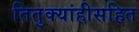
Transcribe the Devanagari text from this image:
तितुक्यांहीसहित